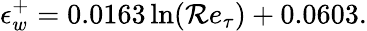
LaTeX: \epsilon_{w}^{+}=0.0163\ln(\mathcal{R}e_{\tau})+0.0603.